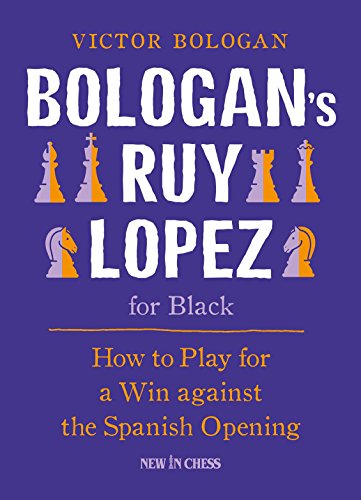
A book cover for Bologan's Ruy Lopez for Black: How to Play for a Win against the Spanish Opening; Victor Bologan; Humor & Entertainment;